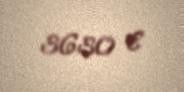
3630 €